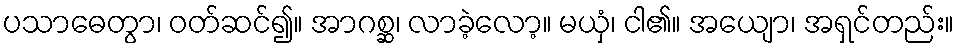
ပသာဓေတွာ၊ ဝတ်ဆင်၍။ အာဂစ္ဆ၊ လာခဲ့လော့။ မယှံ၊ ငါ၏။ အယျော၊ အရှင်တည်း။